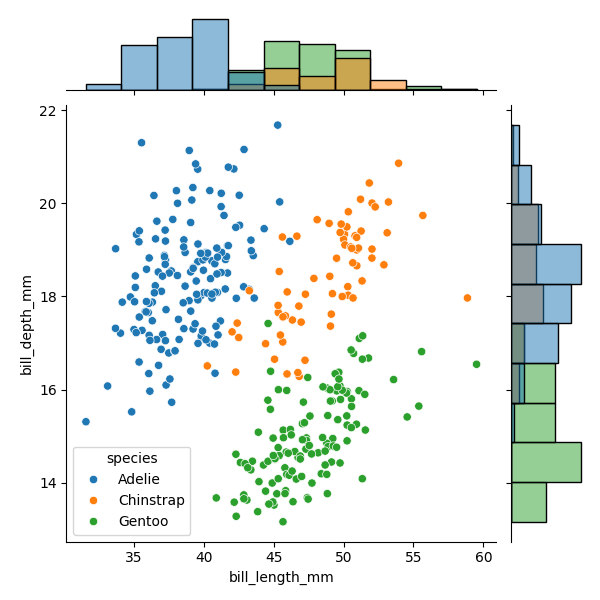
python, seaborn, JointGrid, scatterplot, histplot, hue